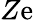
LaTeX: Z\mathrm{e}